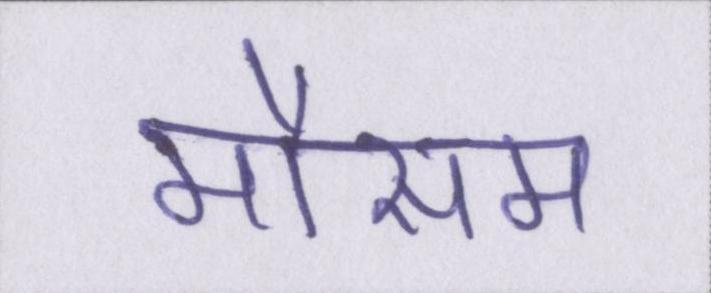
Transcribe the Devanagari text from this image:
मौसम